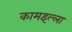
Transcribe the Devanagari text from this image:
कामइल्ला